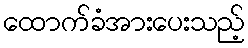
ထောက်ခံအားပေးသည့်